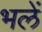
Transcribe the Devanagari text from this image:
भलें